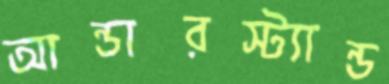
আন্ডারস্ট্যান্ড